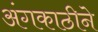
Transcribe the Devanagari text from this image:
अंगकाठीने